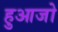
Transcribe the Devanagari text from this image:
हुआजो